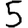
Digit: 5